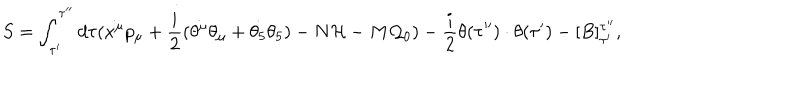
LaTeX: S = \int _ { \tau ^ { \prime } } ^ { \tau ^ { \prime \prime } } d \tau ( \dot { x ^ { \mu } } p _ { \mu } + \frac { i } { 2 } ( \dot { \theta ^ { \mu } } \theta _ { \mu } + \dot { \theta _ { 5 } } \theta _ { 5 } ) - N { \cal H } - M { \cal Q } _ { 0 } ) - \frac { i } { 2 } \theta ( \tau ^ { \prime \prime } ) \cdot \theta ( \tau ^ { \prime } ) - [ B ] _ { \tau ^ { \prime } } ^ { \tau ^ { \prime \prime } } ,